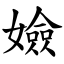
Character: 嬐